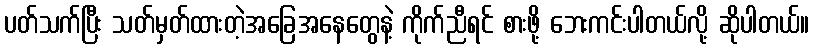
ပတ်သက်ပြီး သတ်မှတ်ထားတဲ့အခြေအနေတွေနဲ့ ကိုက်ညီရင် စားဖို့ ဘေးကင်းပါတယ်လို့ ဆိုပါတယ်။